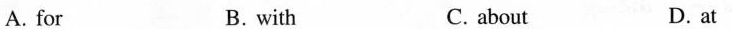
A. for B. with C. about D. at